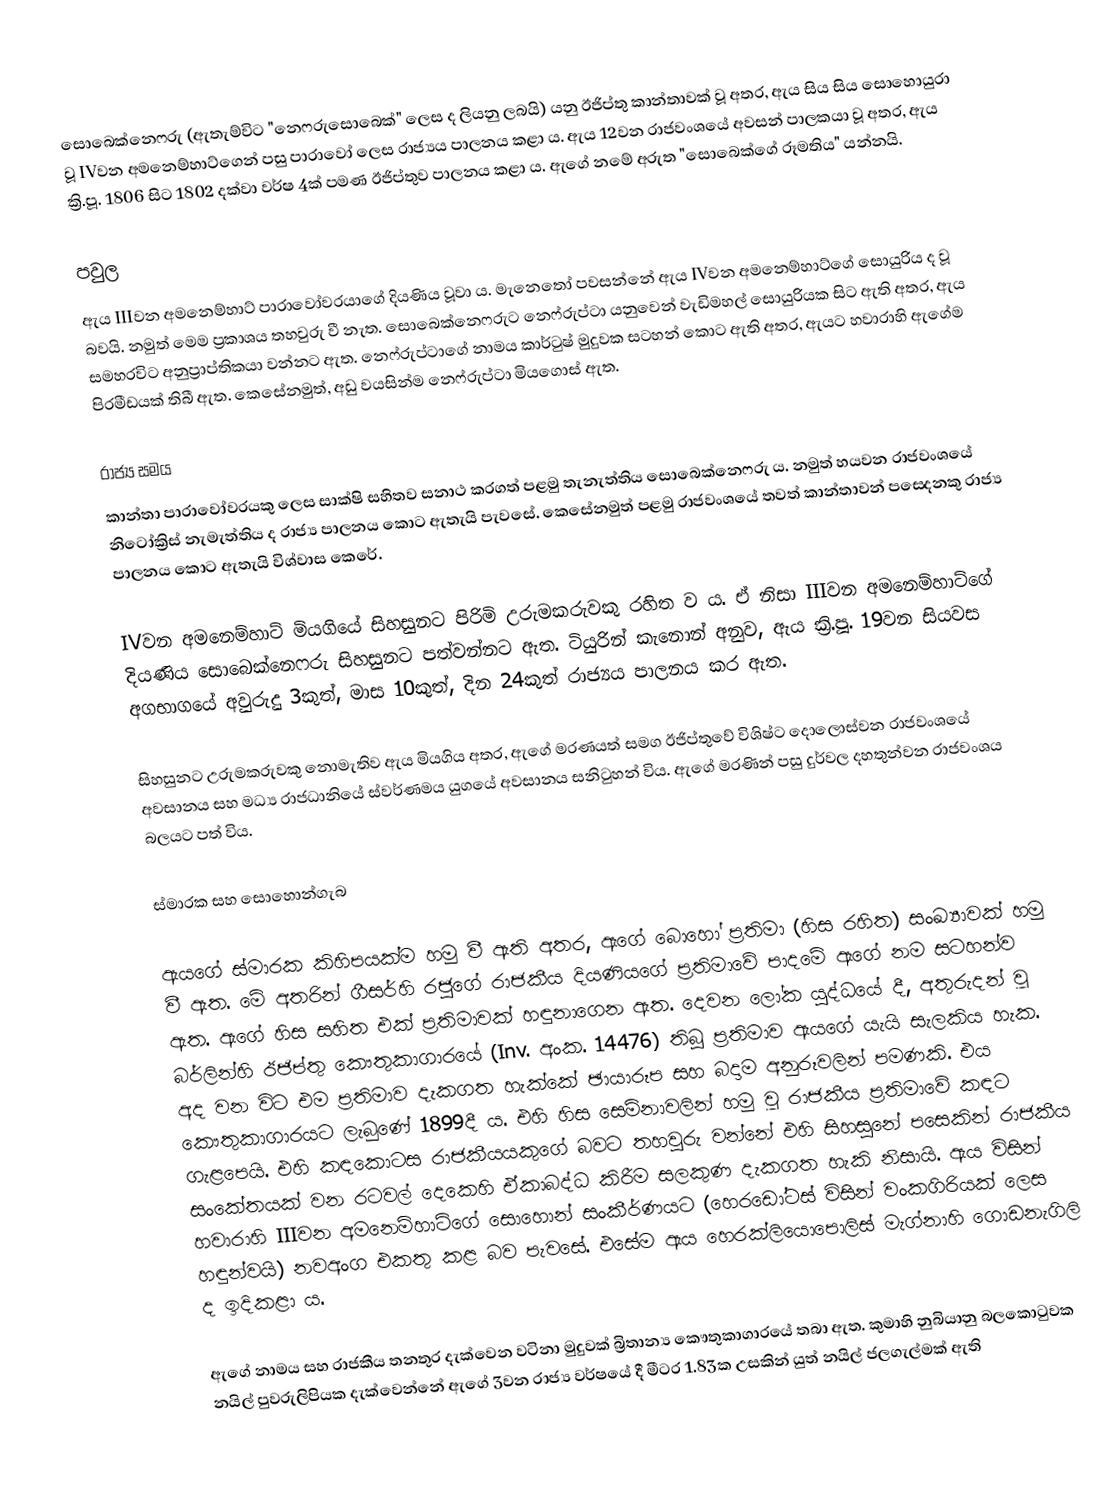
සොබෙක්නෙෆරු (ඇතැම්විට "නෙෆරුසොබෙක්" ලෙස ද ලියනු ලබයි) යනු ඊජිප්තු කාන්තාවක් වූ අතර, ඇය සිය සිය සොහොයුරා වූ IVවන අමනෙම්හාට්ගෙන් පසු පාරාවෝ ලෙස රාජ්‍යය පාලනය කළා ය. ඇය 12වන රාජවංශයේ අවසන් පාලකයා වූ අතර, ඇය ක්‍රි.පූ. 1806 සිට 1802 දක්වා වර්ෂ 4ක් පමණ ඊජිප්තුව පාලනය කළා ය. ඇගේ නමේ අරුත "සොබෙක්ගේ රූමතිය" යන්නයි.

පවුල
ඇය IIIවන අමනෙම්හාට් පාරාවෝවරයාගේ දියණිය වූවා ය. මැනෙතෝ පවසන්නේ ඇය IVවන අමනෙම්හාට්ගේ සොයුරිය ද වූ බවයි. නමුත් මෙම ප්‍රකාශය තහවුරු වී නැත. සොබෙක්නෙෆරුට නෙෆ්රුප්ටා යනුවෙන් වැඩිමහල් සොයුරියක සිට ඇති අතර, ඇය සමහරවිට අනුප්‍රාප්තිකයා වන්නට ඇත. නෙෆ්රුප්ටාගේ නාමය කාර්ටුෂ් මුදුවක සටහන් කොට ඇති අතර, ඇයට හවාරාහි ඇගේම පිරමීඩයක් තිබී ඇත. කෙසේනමුත්, අඩු වයසින්ම නෙෆ්රුප්ටා මියගොස් ඇත.

රාජ්‍ය සමය
කාන්තා පාරාවෝවරයකු ලෙස සාක්ෂි සහිතව සනාථ කරගත් පළමු තැනැත්තිය සොබෙක්නෙෆරු ය. නමුත් හයවන රාජවංශයේ නිටෝක්‍රිස් නැමැත්තිය ද රාජ්‍ය පාලනය කොට ඇතැයි පැවසේ. කෙසේනමුත් පළමු රාජවංශයේ තවත් කාන්තාවන් පස‍්දෙනකු රාජ්‍ය පාලනය කොට ඇතැයි විශ්වාස කෙරේ.

IVවන අමනෙම්හාට් මියගියේ සිහසුනට පිරිමි උරුමකරුවකු රහිත ව ය. ඒ නිසා IIIවන අමනෙම්හාට්ගේ දියණිය සොබෙක්නෙෆරු සිහසුනට පත්වන්නට ඇත. ටියුරින් කැනොන් අනුව, ඇය ක්‍රි.පූ. 19වන සියවස අගභාගයේ අවුරුදු 3කුත්, මාස 10කුත්, දින 24කුත් රාජ්‍යය පාලනය කර ඇත.

සිහසුනට උරුමකරුවකු නොමැතිව ඇය මියගිය අතර, ඇගේ මරණයත් සමග ඊජිප්තුවේ විශිෂ්ට දොලොස්වන රාජවංශයේ අවසානය සහ මධ්‍ය රාජධානියේ ස්වර්ණමය යුගයේ අවසානය සනිටුහන් විය. ඇගේ මරණින් පසු දුර්වල දහතුන්වන රාජවංශය බලයට පත් විය.

ස්මාරක සහ සොහොන්ගැබ

ඇයගේ ස්මාරක කිහිපයක්ම හමු වී ඇති අතර, ඇගේ බොහෝ ප්‍රතිමා (හිස රහිත) සංඛ්‍යාවක් හමු වී ඇත. මේ අතරින් ගීසර්හි රජුගේ රාජකීය දියණියගේ ප්‍රතිමාවේ පාදමේ ඇගේ නම සටහන්ව ඇත. ඇගේ හිස සහිත එක් ප්‍රතිමාවක් හඳුනාගෙන ඇත. දෙවන ලෝක යුද්ධයේ දී, අතුරුදන් වූ බර්ලින්හි ඊජිප්තු කෞතුකාගාරයේ (Inv. අංක. 14476) තිබූ ප්‍රතිමාව ඇයගේ යැයි සැලකිය හැක. අද වන විට එම ප්‍රතිමාව දැකගත හැක්කේ ඡායාරූප සහ බදාම අනුරූවලින් පමණකි. එය කෞතුකාගාරයට ලැබුණේ 1899දී ය. එහි හිස සෙම්නාවලින් හමු වූ රාජකීය ප්‍රතිමාවේ කඳට ගැළපෙයි. එහි කඳකොටස රාජකීයයකුගේ බවට තහවුරු වන්නේ එහි සිහසුනේ පසෙකින් රාජකීය සංකේතයක් වන රටවල් දෙකෙහි ඒකාබද්ධ කිරීම සලකුණ දැකගත හැකි නිසායි. ඇය විසින් හවාරාහි IIIවන අමනෙම්හාට්ගේ සොහොන් සංකීර්ණයට (හෙරඩෝටස් විසින් වංකගිරියක් ලෙස හඳුන්වයි) නවඅංග එකතු කළ බව පැවසේ. එසේම ඇය හෙරක්ලියොපොලිස් මැග්නාහි ගොඩනැගිලි ද ඉදිකළා ය.

ඇගේ නාමය සහ රාජකීය තනතුර දැක්වෙන වටිනා මුදුවක් බ්‍රිතාන්‍ය කෞතුකාගාරයේ තබා ඇත. කුමාහි නුබියානු බලකොටුවක නයිල් පුවරුලිපියක දැක්වෙන්නේ ඇගේ 3වන රාජ්‍ය වර්ෂයේ දී මීටර 1.83ක උසකින් යුත් නයිල් ජලගැල්මක් ඇති